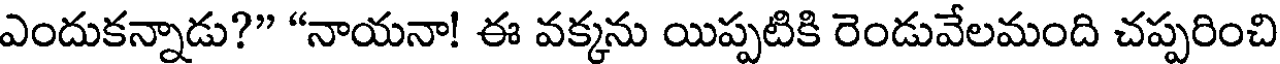
ఎందుకన్నాడు?" "నాయనా! ఈ వక్కను యిప్పటికి రెండువేలమంది చప్పరించి